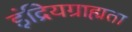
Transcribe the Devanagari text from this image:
इंद्रियग्राह्मता